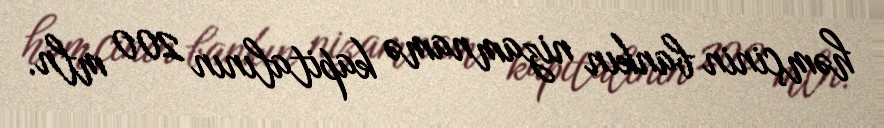
həmçinin bankın nizamnamə kapitalının 200 mln.